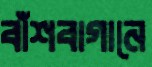
বাঁশবাগানে